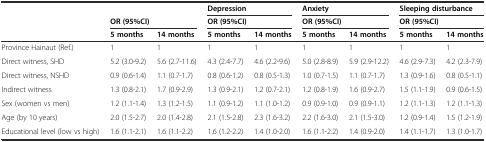
<table><thead><tr><td></td><td></td><td></td><td colspan="2"><b>Depression</b></td><td colspan="2"><b>Anxiety</b></td><td colspan="2"><b>Sleeping disturbance</b></td></tr><tr><td></td><td colspan="2"><b>OR (95%CI)</b></td><td colspan="2"><b>OR (95%CI)</b></td><td colspan="2"><b>OR (95%CI)</b></td><td colspan="2"><b>OR (95%CI)</b></td></tr><tr><td></td><td><b>5 months</b></td><td><b>14 months</b></td><td><b>5 months</b></td><td><b>14 months</b></td><td><b>5 months</b></td><td><b>14 months</b></td><td><b>5 months</b></td><td><b>14 months</b></td></tr></thead><tbody><tr><td>Province Hainaut (Ref.)</td><td>1</td><td>1</td><td>1</td><td>1</td><td>1</td><td>1</td><td>1</td><td>1</td></tr><tr><td>Direct witness, SHD</td><td>5.2 (3.0-9.2)</td><td>5.6 (2.7-11.6)</td><td>4.3 (2.4-7.7)</td><td>4.6 (2.2-9.6)</td><td>5.0 (2.8-8.9)</td><td>5.9 (2.9-12.2)</td><td>4.6 (2.9-7.3)</td><td>4.2 (2.3-7.9)</td></tr><tr><td>Direct witness, NSHD</td><td>0.9 (0.6-1.4)</td><td>1.1 (0.7-1.7)</td><td>0.8 (0.6-1.2)</td><td>0.8 (0.5-1.3)</td><td>1.0 (0.7-1.5)</td><td>1.1 (0.7-1.7)</td><td>1.3 (0.9-1.6)</td><td>0.8 (0.5-1.1)</td></tr><tr><td>Indirect witness</td><td>1.3 (0.8-2.1)</td><td>1.7 (0.9-2.9)</td><td>1.3 (0.9-2.1)</td><td>1.2 (0.7-2.1)</td><td>1.2 (0.8-1.9)</td><td>1.6 (0.9-2.7)</td><td>1.5 (1.1-1.9)</td><td>0.9 (0.6-1.5)</td></tr><tr><td>Sex (women vs men)</td><td>1.2 (1.1-1.4)</td><td>1.3 (1.2-1.5)</td><td>1.1 (0.9-1.2)</td><td>1.1 (1.0-1.2)</td><td>0.9 (0.9-1.0)</td><td>0.9 (0.9-1.1)</td><td>1.2 (1.1-1.3)</td><td>1.2 (1.1-1.3)</td></tr><tr><td>Age (by 10 years)</td><td>2.0 (1.5-2.7)</td><td>2.0 (1.4-2.8)</td><td>2.1 (1.5-2.8)</td><td>2.3 (1.6-3.2)</td><td>2.2 (1.6-3.0)</td><td>2.1 (1.5-3.0)</td><td>1.2 (0.9-1.4)</td><td>1.5 (1.2-1.9)</td></tr><tr><td>Educational level (low vs high)</td><td>1.6 (1.1-2.1)</td><td>1.6 (1.1-2.2)</td><td>1.6 (1.2-2.2)</td><td>1.4 (1.0-2.0)</td><td>1.6 (1.1-2.2)</td><td>1.4 (0.9-2.0)</td><td>1.4 (1.1-1.7)</td><td>1.3 (1.0-1.7)</td></tr></tbody></table>